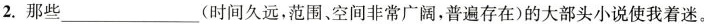
2.那些___(时间久远，范围、空间非常广阔，普遍存在)的大部头小说使我着迷。